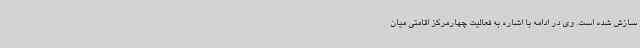
سازش شده است. وی در ادامه با اشاره به فعالیت چهارمرکز اقامتی میان